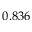
0 . 8 3 6